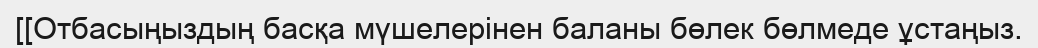
[[Отбасыңыздың басқа мүшелерінен баланы бөлек бөлмеде ұстаңыз.